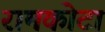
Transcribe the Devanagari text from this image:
रामकोटा